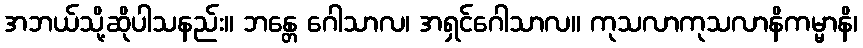
အဘယ်သို့ဆိုပါသနည်း။ ဘန္တေ ဂေါသာလ၊ အရှင်ဂေါသာလ။ ကုသလာကုသလာနိကမ္မာနိ၊